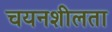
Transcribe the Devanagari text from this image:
चयनशीलता